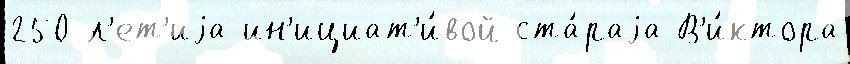
250-л'ет'иjа ин'ициат'и́вой ста́раjа В'и́ктора